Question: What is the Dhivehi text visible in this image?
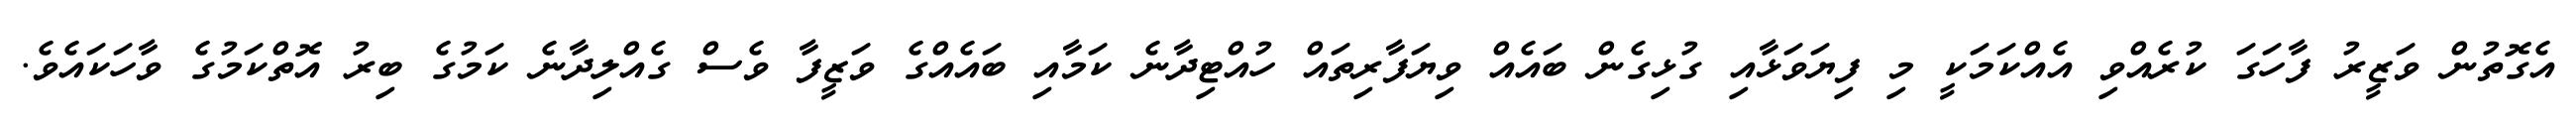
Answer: އެގޮތުން ވަޒީރު ފާހަގަ ކުރެއްވި އެއްކަމަކީ މި ފިޔަވަޅާއި ގުޅިގެން ބައެއް ވިޔަފާރިތައް ހުއްޓިދާނެ ކަމާއި ބައެއްގެ ވަޒީފާ ވެސް ގެއްލިދާނެ ކަމުގެ ބިރު އޮތްކަމުގެ ވާހަކައެވެ.